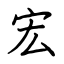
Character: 宏